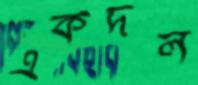
একদল